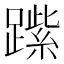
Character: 𨄐